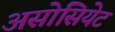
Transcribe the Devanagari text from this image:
असोसियेट